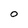
Character: 0